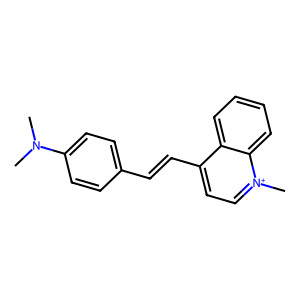
SMILES: CN(C)c1ccc(C=Cc2cc[n+](C)c3ccccc23)cc1
Inhibits HIV replication: No